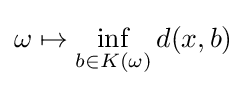
\omega \mapsto \inf _{b\in K(\omega )}d(x,b)